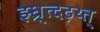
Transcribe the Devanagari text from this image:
झ्ध्र्त्दढ़थ्त्